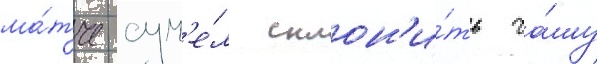
ма́тче сум'е́л склон'и́ть ча́шу